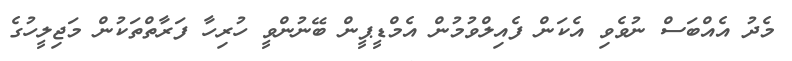
މެދު އެއްބަސް ނުވެވި އެކަން ފެއިލްވުމުން އެމްޑީޕީން ބޭނުންވީ ހުރިހާ ފަރާތްތަކުން މަޖިލީހުގެ